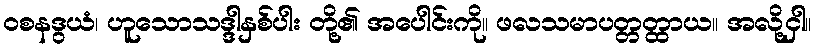
ဝစနဒွယံ၊ ဟူသောသဒ္ဒါနှစ်ပါး တို့၏ အပေါင်းကို။ ဖလသမာပတ္တတ္ထာယ။ အလို့ငှါ။